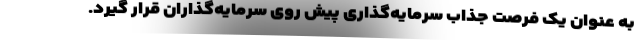
به عنوان یک فرصت جذاب سرمایه‌گذاری پیش روی سرمایه‌گذاران قرار گیرد.